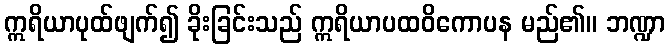
ဣရိယာပုထ်ဖျက်၍ ခိုးခြင်းသည် ဣရိယာပထဝိကောပန မည်၏။ ဘဏ္ဍာ